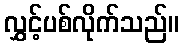
လွှင့်ပစ်လိုက်သည်။